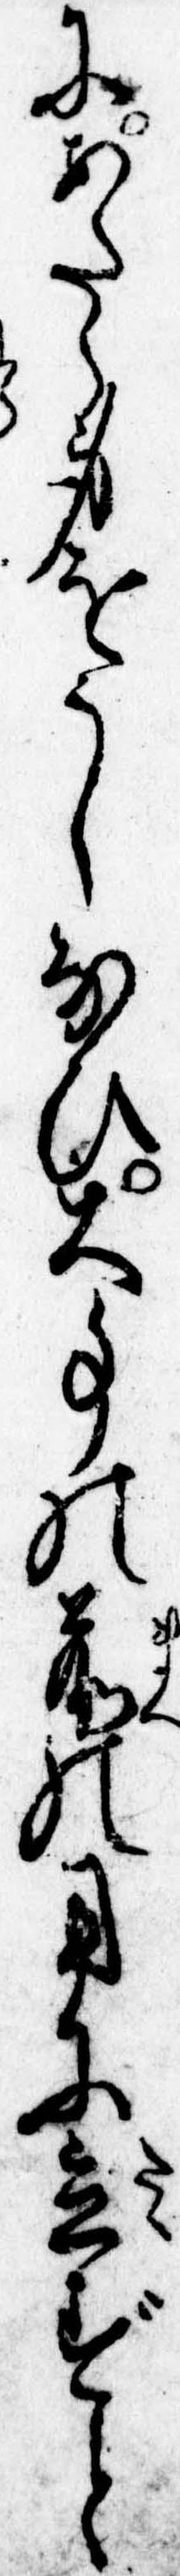
にあたら身をうしなひ大事の前の用に立ずと